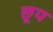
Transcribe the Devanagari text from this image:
छूप